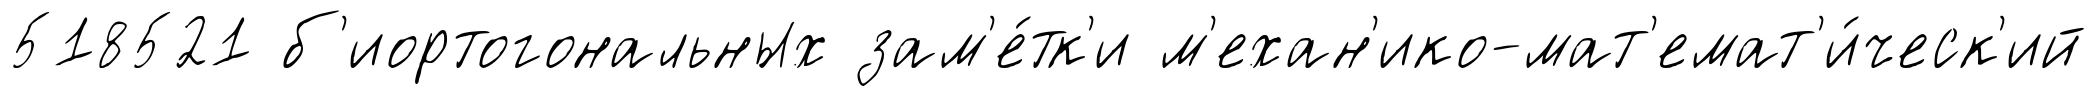
518521 б'иортогональных зам'е́тк'и м'ехан'ико-мат'емат'и́ческ'ий